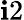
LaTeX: \mathbf{i}2